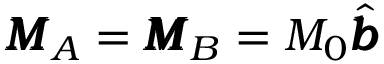
\pmb { M } _ { A } = \pmb { M } _ { B } = M _ { 0 } \hat { \pmb { b } }